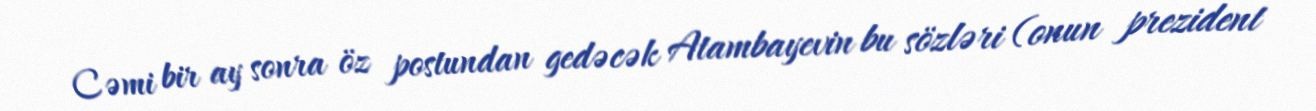
Cəmi bir ay sonra öz postundan gedəcək Atambayevin bu sözləri (onun prezident